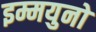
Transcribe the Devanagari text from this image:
इम्मयुनो